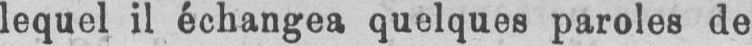
lequel il échangea quelques paroles de